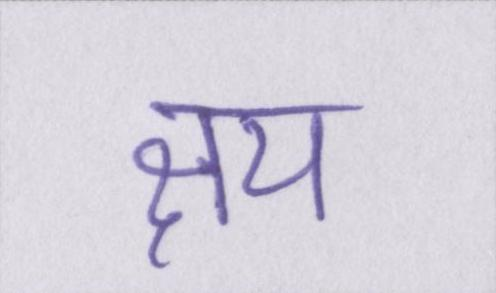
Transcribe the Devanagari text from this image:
क्षय